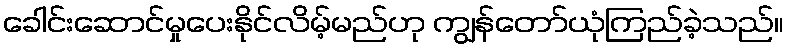
ခေါင်းဆောင်မှုပေးနိုင်လိမ့်မည်ဟု ကျွန်တော်ယုံကြည်ခဲ့သည်။